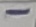
Text: -